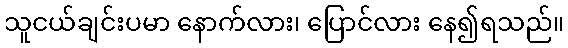
သူငယ်ချင်းပမာ နောက်လား၊ ပြောင်လား နေ၍ရသည်။